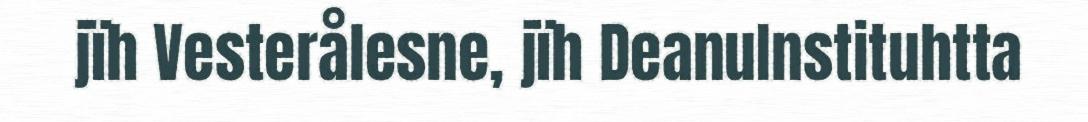
jïh Vesterålesne, jïh DeanuInstituhtta